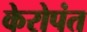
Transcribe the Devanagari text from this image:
केरोपंत